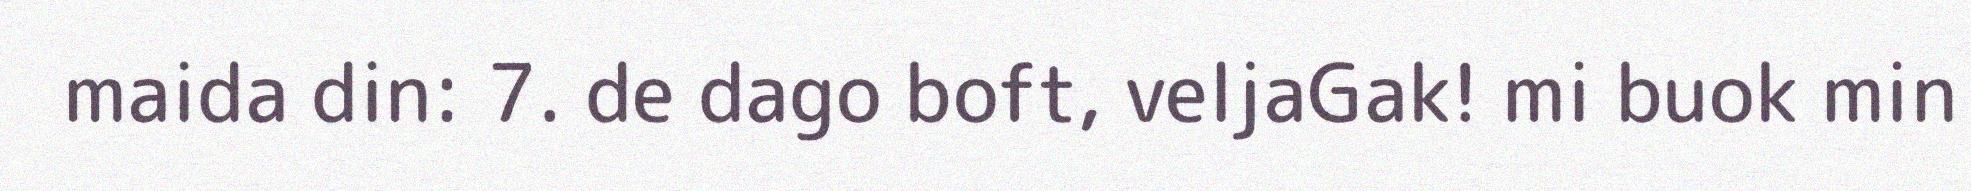
maida din: 7. de dago boft, veljaGak! mi buok min